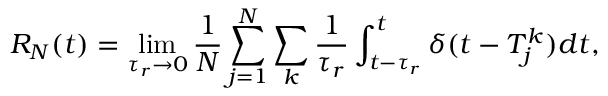
R _ { N } ( t ) = \operatorname* { l i m } _ { \tau _ { r } \to 0 } \frac 1 N \sum _ { j = 1 } ^ { N } \sum _ { k } \frac 1 { \tau _ { r } } \int _ { t - \tau _ { r } } ^ { t } \delta ( t - T _ { j } ^ { k } ) d t ,